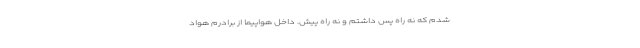
شدم‌ که نه راه پس داشتم و نه راه پیش. داخل هواپیما از برادرم هواد